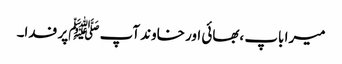
میرا باپ ،بھائی اور خاوند آپ ﷺپر فدا۔